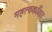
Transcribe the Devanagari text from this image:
महत्वकाँक्षा